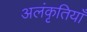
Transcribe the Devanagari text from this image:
अलंकृतियाँ